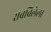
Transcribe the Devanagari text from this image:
राबविलेला